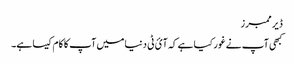
ڈیر ممبرز
کبھی آپ نے غور کیا ہے کہ آئ ٹی دنیا میں آپ کا کام کیسا ہے۔